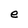
Character: e